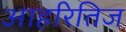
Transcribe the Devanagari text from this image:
आहरितिज